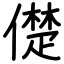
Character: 儊